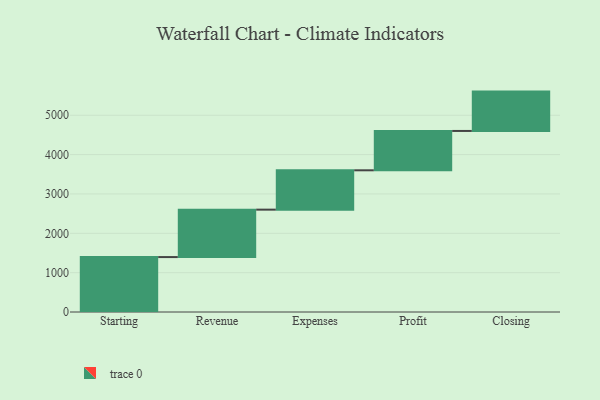
{"axis": {"x": "Step", "y": "Value"}, "legend": [""], "data": [{"x": "Starting", "y": 1396.0, "type": ""}, {"x": "Revenue", "y": 1205.0, "type": ""}, {"x": "Expenses", "y": 1000, "type": ""}, {"x": "Profit", "y": 1000, "type": ""}, {"x": "Closing", "y": 1000, "type": ""}]}